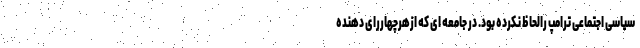
سیاسی اجتماعی ترامپ رالحاظ نکرده بود. در جامعه ای که ازهرچهاررای دهنده